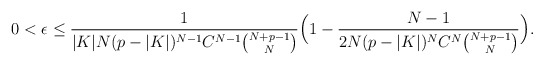
\begin{align*} 0< \epsilon\leq \frac{1}{|K|N(p-|K|)^{N-1}C^{N-1}\binom{N+p-1}{N}}\Big(1-\frac{N-1}{2N (p-|K|)^NC^N\binom{N+p-1}{N}}\Big).\end{align*}